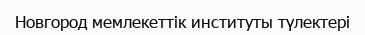
Новгород мемлекеттік институты түлектері